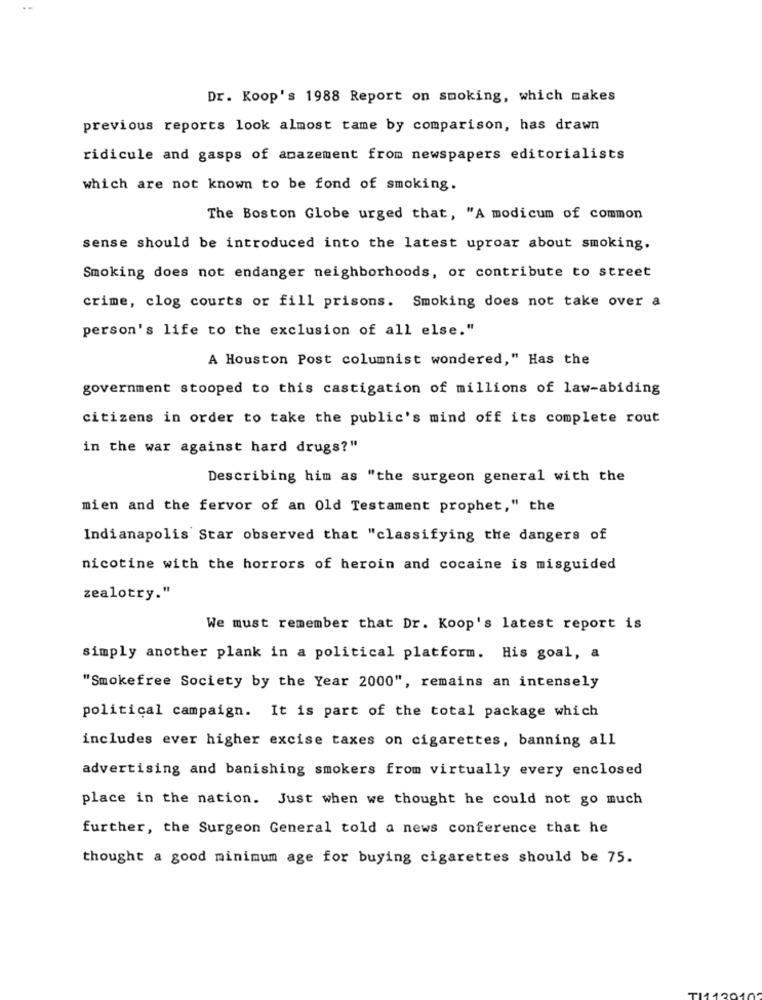
Dr. Koop's 1988 Report on smoking, which makes
previous reports look almost tame by comparison, has drawn
ridicule and gasps of amazement from newspapers editorialists
which are not known to be fond of smoking.
The Boston Globe urged that, "A modicum of common
sense should be introduced into the latest uproar about smoking.
Smoking does not endanger neighborhoods, or contribute to street
crime, clog courts or fill prisons. Smoking does not take over a
person's life to the exclusion of all else."
A Houston Post columnist wondered," Has the
government stooped to this castigation of millions of law-abiding
citizens in order to take the public's mind off its complete rout
in the war against hard drugs?"
Describing him as "the surgeon general with the
mien and the fervor of an Old Testament prophet," the
Indianapolis Star observed that "classifying the dangers of
nicotine with the horrors of heroin and cocaine is misguided
zealotry."
We must remember that Dr. Koop's latest report is
simply another plank in a political platform. His goal, a
"Smokefree Society by the Year 2000", remains an intensely
political campaign. It is part of the total package which
includes ever higher excise taxes on cigarettes, banning all
advertising and banishing smokers from virtually every enclosed
place in the nation. Just when we thought he could not go much
further, the Surgeon General told a news conference that he
thought a good minimum age for buying cigarettes should be 75.